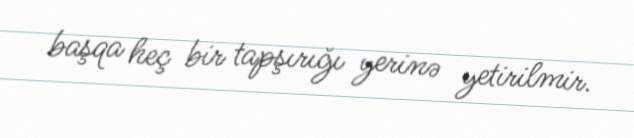
başqa heç bir tapşırığı yerinə yetirilmir.